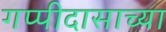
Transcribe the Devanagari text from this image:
गप्पीदासाच्या